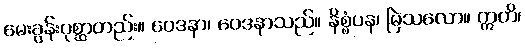
မေးခွန်းပုစ္ဆာတည်း။ ဝေဒနာ၊ ဝေဒနာသည်။ နိစ္စံပန၊ မြဲသလော။ ဣတိ၊